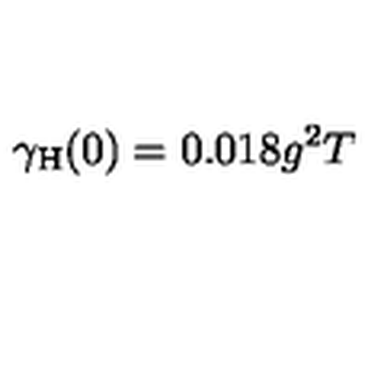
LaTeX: \gamma _ { \mathrm { H } } ( 0 ) = 0 . 0 1 8 g ^ { 2 } T